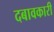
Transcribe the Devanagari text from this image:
दबावकारी